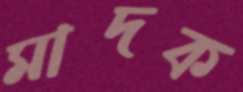
মাদক